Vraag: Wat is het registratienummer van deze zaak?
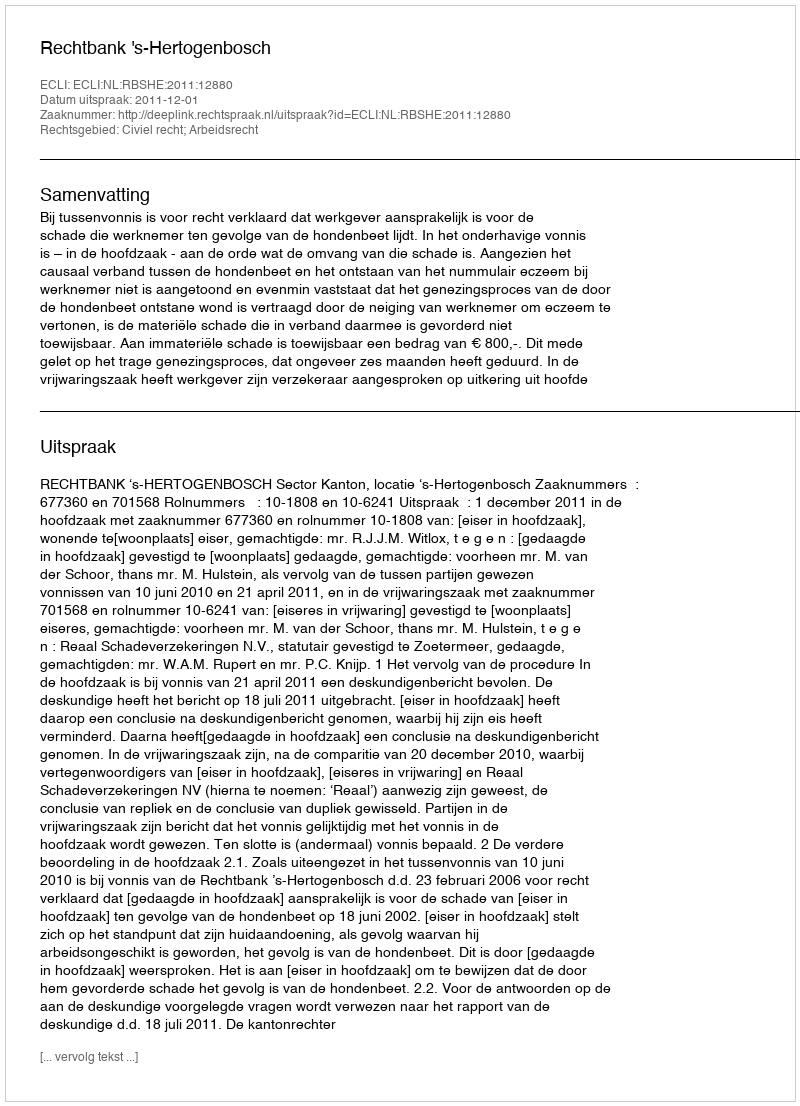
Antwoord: http://deeplink.rechtspraak.nl/uitspraak?id=ECLI:NL:RBSHE:2011:12880